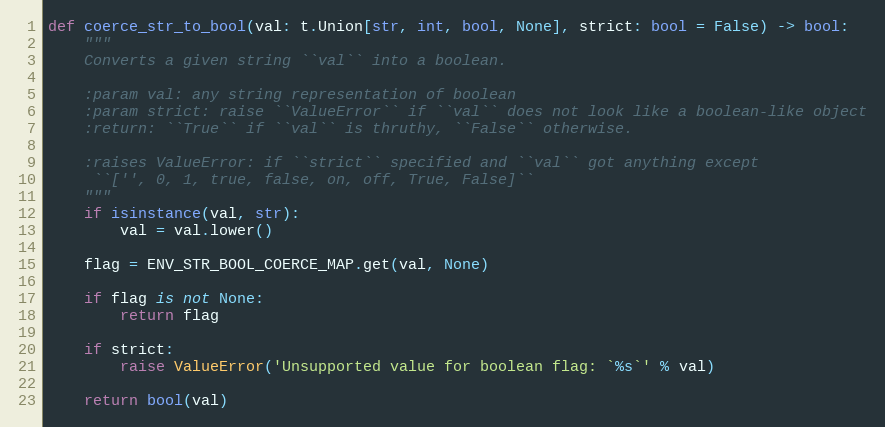
Language: Python
def coerce_str_to_bool(val: t.Union[str, int, bool, None], strict: bool = False) -> bool:
    """
    Converts a given string ``val`` into a boolean.

    :param val: any string representation of boolean
    :param strict: raise ``ValueError`` if ``val`` does not look like a boolean-like object
    :return: ``True`` if ``val`` is thruthy, ``False`` otherwise.

    :raises ValueError: if ``strict`` specified and ``val`` got anything except
     ``['', 0, 1, true, false, on, off, True, False]``
    """
    if isinstance(val, str):
        val = val.lower()

    flag = ENV_STR_BOOL_COERCE_MAP.get(val, None)

    if flag is not None:
        return flag

    if strict:
        raise ValueError('Unsupported value for boolean flag: `%s`' % val)

    return bool(val)